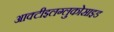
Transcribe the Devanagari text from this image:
आक्टीइलग्लुकोसाइड